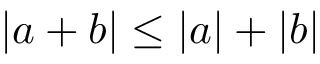
| a + b | \leq | a | + | b |